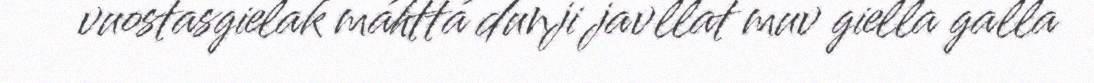
vuostasgielak máhttá dunji javllat muv giella galla